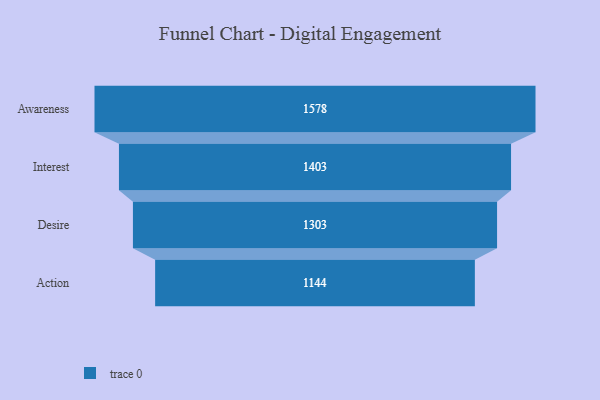
{"axis": {"x": "Stage", "y": "Value"}, "legend": [""], "data": [{"x": "Awareness", "y": 1578.0, "type": ""}, {"x": "Interest", "y": 1403.0, "type": ""}, {"x": "Desire", "y": 1303.0, "type": ""}, {"x": "Action", "y": 1144.0, "type": ""}]}